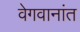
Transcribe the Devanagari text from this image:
वेगवानांत